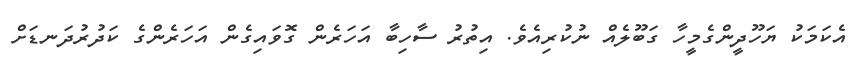
އެކަމަކު ޔަހޫދީންގެމީހާ ގަބޫލެއް ނުކުރިއެވެ. އިތުރު ސާހިބާ އަހަރެން ގޮވައިގެން އަހަރެންގެ ކަދުރުދަނޑަށް